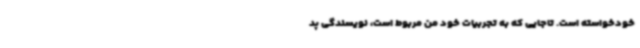
خودخواسته است. تاجایی که به تجربیات خود من مربوط است، نویسندگی پد